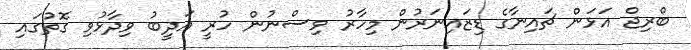
ބްރިޖް އަޅަން ޗައިނާގެ ޑިޒައިނަރުން މިހާރު ވިސްނުން ހުރީ އަދީބު ވިދާޅުވި ގޮތުގައި